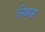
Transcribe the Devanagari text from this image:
निश्चळ